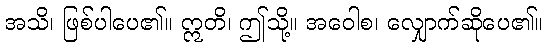
အသိ၊ ဖြစ်ပါပေ၏။ ဣတိ၊ ဤသို့။ အဝေါစ၊ လျှောက်ဆိုပေ၏။